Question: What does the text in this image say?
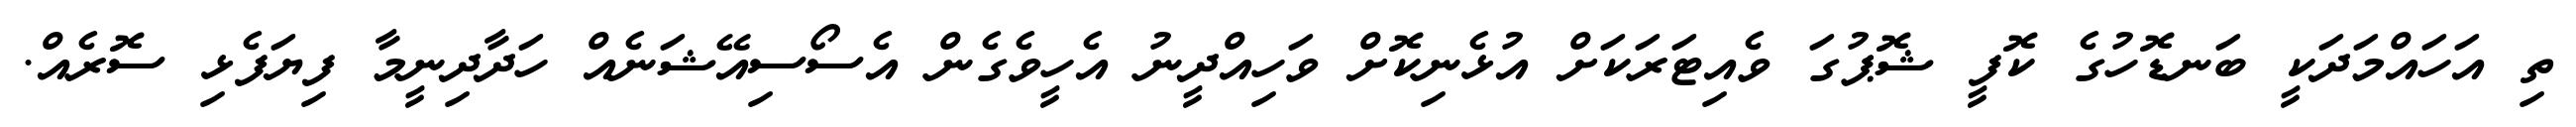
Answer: ތި އަހައްމަދަކީ ބަނޑޮހުގެ ކޮފީ ޝޮޕުގަ ވެއިޓަރަކަށް އުޅެނިކޮށް ވަހިއްދީނު އެހީވެގެން އެސޯސިއޭޝަނެއް ހަދާދިނީމާ ފިޔަފެޅި ސޮރެއް.